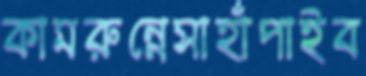
কামরুন্নেসাহাঁপাইব